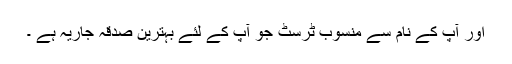
اور آپ کے نام سے منسوب ٹرسٹ جو آپ کے لئے بہترین صدقہ جاریہ ہے ۔